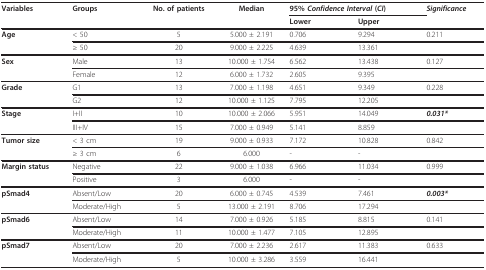
<table><thead><tr><td><b>Variables</b></td><td><b>Groups</b></td><td><b>No. of patients</b></td><td><b>Median</b></td><td colspan="2"><b>95% <i>Confidence Interval </i>(<i>CI</i>)</b></td><td><b><i>Significance</i></b></td></tr><tr><td></td><td></td><td></td><td></td><td><b>Lower</b></td><td><b>Upper</b></td><td></td></tr></thead><tbody><tr><td><b>Age</b></td><td>&lt; 50</td><td>5</td><td>5.000 ± 2.191</td><td>0.706</td><td>9.294</td><td>0.211</td></tr><tr><td></td><td>≥ 50</td><td>20</td><td>9.000 ± 2.225</td><td>4.639</td><td>13.361</td><td></td></tr><tr><td><b>Sex</b></td><td>Male</td><td>13</td><td>10.000 ± 1.754</td><td>6.562</td><td>13.438</td><td>0.127</td></tr><tr><td></td><td>Female</td><td>12</td><td>6.000 ± 1.732</td><td>2.605</td><td>9.395</td><td></td></tr><tr><td><b>Grade</b></td><td>G1</td><td>13</td><td>7.000 ± 1.198</td><td>4.651</td><td>9.349</td><td>0.228</td></tr><tr><td></td><td>G2</td><td>12</td><td>10.000 ± 1.125</td><td>7.795</td><td>12.205</td><td></td></tr><tr><td><b>Stage</b></td><td>I+II</td><td>10</td><td>10.000 ± 2.066</td><td>5.951</td><td>14.049</td><td><b><i>0.031*</i></b></td></tr><tr><td></td><td>III+IV</td><td>15</td><td>7.000 ± 0.949</td><td>5.141</td><td>8.859</td><td></td></tr><tr><td><b>Tumor size</b></td><td>&lt; 3 cm</td><td>19</td><td>9.000 ± 0.933</td><td>7.172</td><td>10.828</td><td>0.842</td></tr><tr><td></td><td>≥ 3 cm</td><td>6</td><td>6.000</td><td>-</td><td>-</td><td></td></tr><tr><td><b>Margin status</b></td><td>Negative</td><td>22</td><td>9.000 ± 1.038</td><td>6.966</td><td>11.034</td><td>0.999</td></tr><tr><td></td><td>Positive</td><td>3</td><td>6.000</td><td>-</td><td>-</td><td></td></tr><tr><td><b>pSmad4</b></td><td>Absent/Low</td><td>20</td><td>6.000 ± 0.745</td><td>4.539</td><td>7.461</td><td><b><i>0.003*</i></b></td></tr><tr><td></td><td>Moderate/High</td><td>5</td><td>13.000 ± 2.191</td><td>8.706</td><td>17.294</td><td></td></tr><tr><td><b>pSmad6</b></td><td>Absent/Low</td><td>14</td><td>7.000 ± 0.926</td><td>5.185</td><td>8.815</td><td>0.141</td></tr><tr><td></td><td>Moderate/High</td><td>11</td><td>10.000 ± 1.477</td><td>7.105</td><td>12.895</td><td></td></tr><tr><td><b>pSmad7</b></td><td>Absent/Low</td><td>20</td><td>7.000 ± 2.236</td><td>2.617</td><td>11.383</td><td>0.633</td></tr><tr><td></td><td>Moderate/High</td><td>5</td><td>10.000 ± 3.286</td><td>3.559</td><td>16.441</td><td></td></tr></tbody></table>